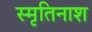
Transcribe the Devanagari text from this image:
स्मृतिनाश